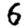
Digit: 6